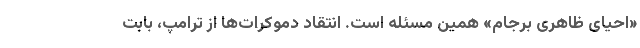
«احیای ظاهری برجام» همین مسئله است. انتقاد دموکرات‌ها از ترامپ، بابت